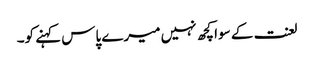
لعنت کے سوا کچھ نہیں میرے پاس کہنے کو۔